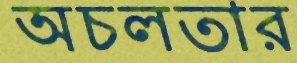
অচলতার